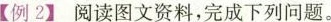
【例2】阅读图文资料，完成下列问题。